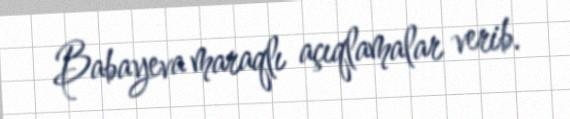
Babayeva maraqlı açıqlamalar verib.